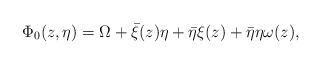
\begin{align*}\Phi_0(z,\eta ) = \Omega + \bar{\xi}(z) \eta +\bar{\eta}\xi(z)+\bar{\eta} \eta \omega(z),\end{align*}